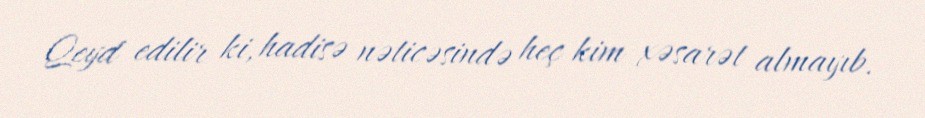
Qeyd edilir ki, hadisə nəticəsində heç kim xəsarət almayıb.